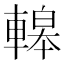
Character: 𨎀